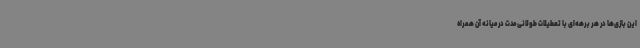
این بازی‌ها در هر برهه‌ای با تعطیلات طولانی مدت در میانه آن همراه